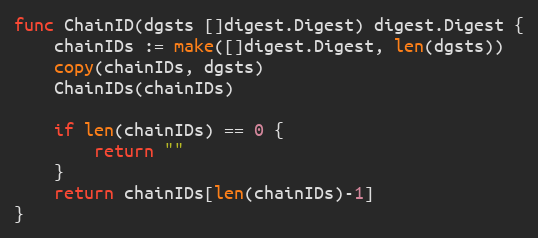
Language: Go
func ChainID(dgsts []digest.Digest) digest.Digest {
	chainIDs := make([]digest.Digest, len(dgsts))
	copy(chainIDs, dgsts)
	ChainIDs(chainIDs)

	if len(chainIDs) == 0 {
		return ""
	}
	return chainIDs[len(chainIDs)-1]
}